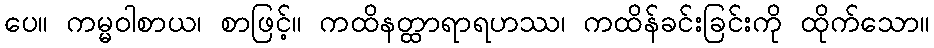
ပေ။ ကမ္မဝါစာယ၊ စာဖြင့်။ ကထိနတ္ထာရာရဟဿ၊ ကထိန်ခင်းခြင်းကို ထိုက်သော။